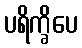
ပရိက္ခိပေ